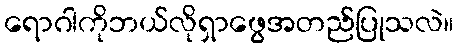
ရောဂါကိုဘယ်လိုရှာဖွေအတည်ပြုသလဲ။